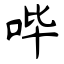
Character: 哔